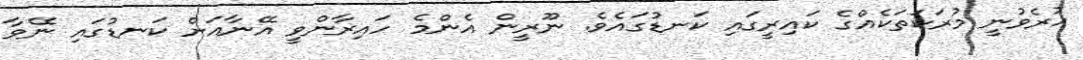
ހުރެވުނީ މުރަކަތަކެއްގެ ކައިރީގައި ކަނޑުގައެވެ. ނޫރީން އެންމެ ހައިރާންވީ އޭނާއަށް ކަނޑުގައި ނޭވާ